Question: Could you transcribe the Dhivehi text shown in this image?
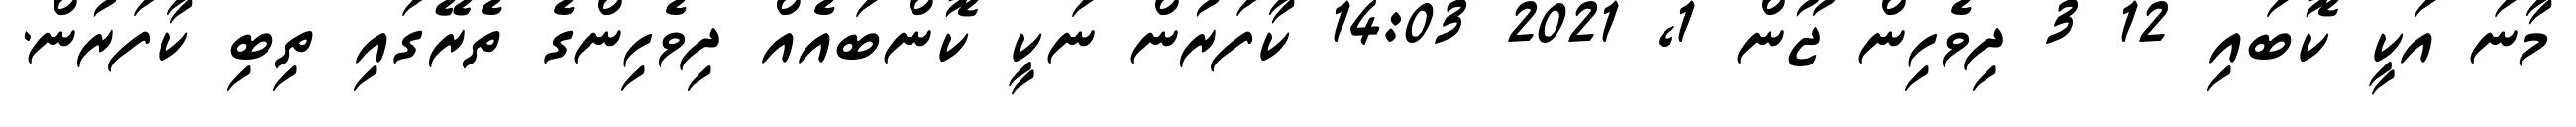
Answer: މާނަ އަކީ ކޮބައި 12 3 ދިވެހިން ޖޫން 1, 2021 14:03 ކާފަރުން ނަކީ ކޮންބައެއް ދިވެހިންގެ ތެރޭގައި ތިބި ކާފަރުން.